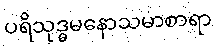
ပရိသုဒ္ဓမနောသမာစာရာ